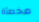
مخطأة